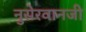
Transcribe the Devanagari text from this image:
नुसेरवानजी